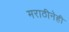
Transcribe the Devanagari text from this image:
मराठीनेही